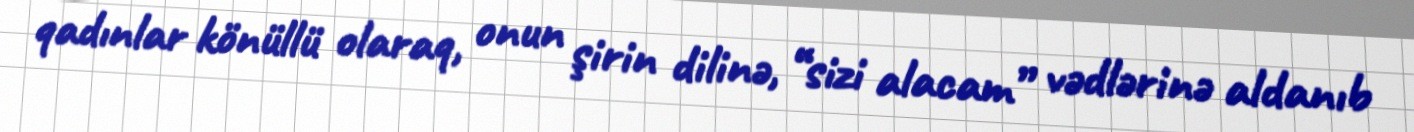
qadınlar könüllü olaraq, onun şirin dilinə, “sizi alacam” vədlərinə aldanıb